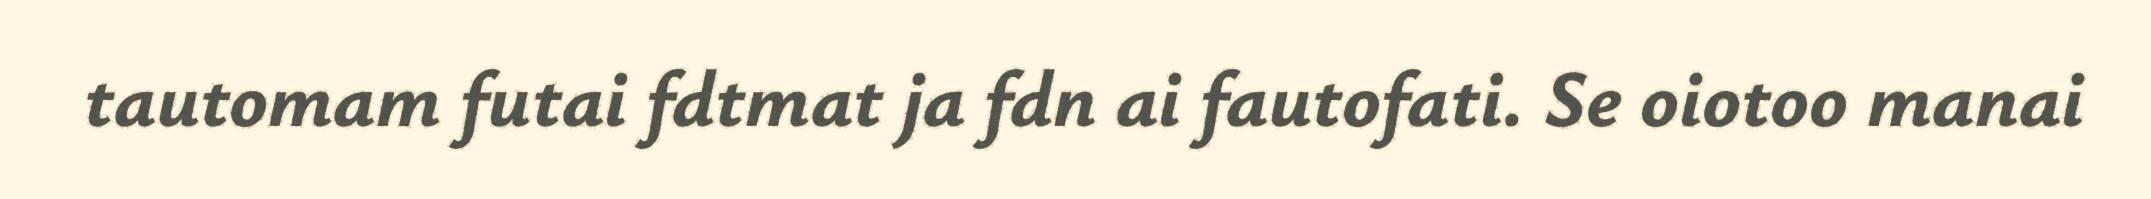
tautomam futai fdtmat ja fdn ai fautofati. Se oiotoo manai